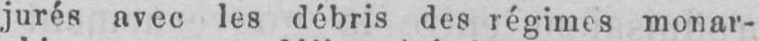
jurés avec les débris des régimes monar-